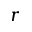
r